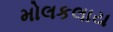
મોલકલાય